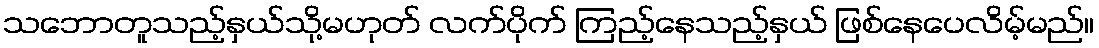
သဘောတူသည့်နှယ်သို့မဟုတ် လက်ပိုက် ကြည့်နေသည့်နှယ် ဖြစ်နေပေလိမ့်မည်။